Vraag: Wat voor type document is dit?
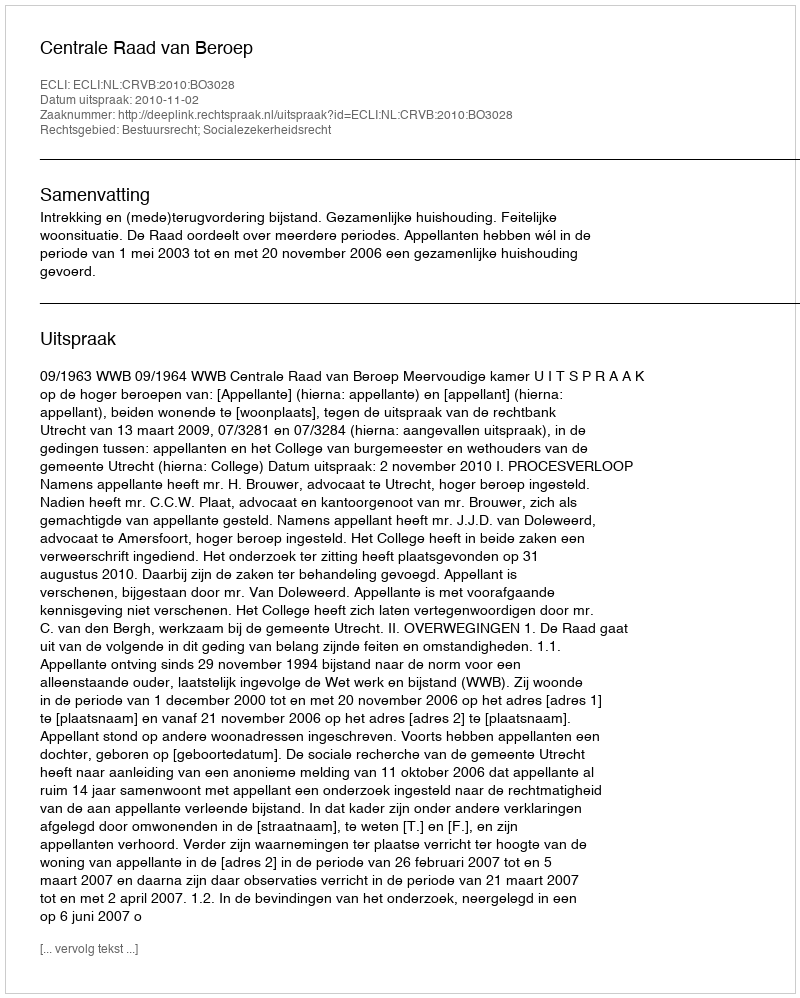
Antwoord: Uitspraak